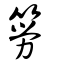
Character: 簩